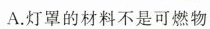
A.灯罩的材料不是可燃物